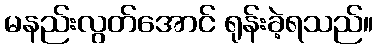
မနည်းလွတ်အောင် ရုန်းခဲ့ရသည်။